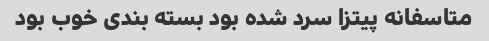
متاسفانه پیتزا سرد شده بود بسته بندی خوب بود